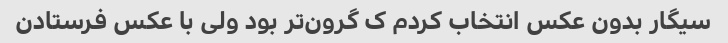
سیگار بدون عکس انتخاب کردم ک گرون‌تر بود ولی با عکس فرستادن